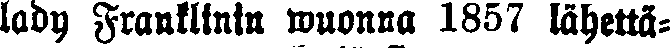
lady Franklinin wuonna 1857 lähettä-